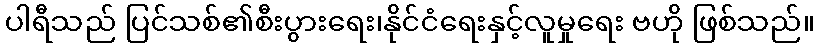
ပါရီသည် ပြင်သစ်၏စီးပွားရေး၊နိုင်ငံရေးနှင့်လူမှုရေး ဗဟို ဖြစ်သည်။